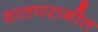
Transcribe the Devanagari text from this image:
वातपरागीत